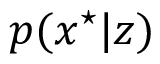
p ( x ^ { \star } | z )